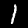
Digit: 1